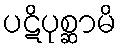
ပဋိပုစ္ဆာမိ